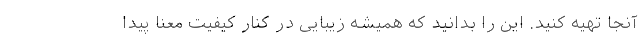
آنجا تهیه کنید. این را بدانید که همیشه زیبایی در کنار کیفیت معنا پیدا